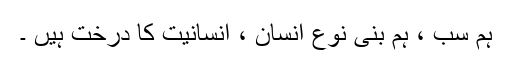
ہم سب ، ہم بنی نوعِ انسان ، انسانیت کا درخت ہیں ۔